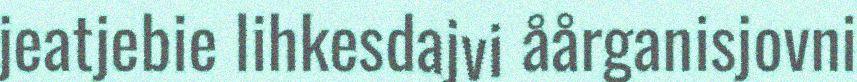
jeatjebie lihkesdajvi åårganisjovni